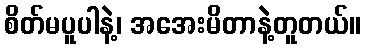
စိတ်မပူပါနဲ့၊ အအေးမိတာနဲ့တူတယ်။